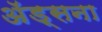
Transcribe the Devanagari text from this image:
अॅड्सना